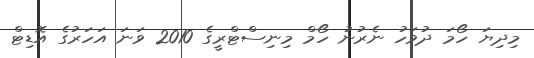
މިދިޔަ ހޯމަ ދުވަހު ނެރުނު ހޯމް މިނިސްޓްރީގެ 2010 ވަނަ އަހަރުގެ އޮޑިޓް